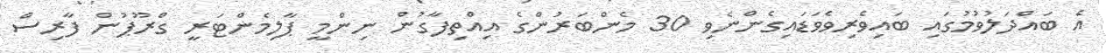
އެ ބައްދަލުވުމުގައި ބައިވެރިވެވަޑައިގެންނެވި 30 މެންބަރުންގެ އިއްތިފާގުން ނިންމީ ޕާލިމެންޓަރީ ގްރޫޕުން ފާރިސް